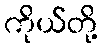
ကိုယ်တို့